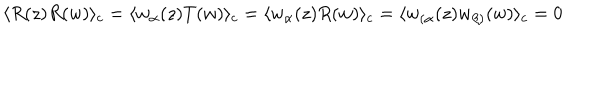
\langle R ( z ) R ( w ) \rangle _ { c } = \langle w _ { \alpha } ( z ) T ( w ) \rangle _ { c } = \langle w _ { \alpha } ( z ) R ( w ) \rangle _ { c } = \langle w _ { ( \alpha } ( z ) w _ { \beta ) } ( w ) \rangle _ { c } = 0